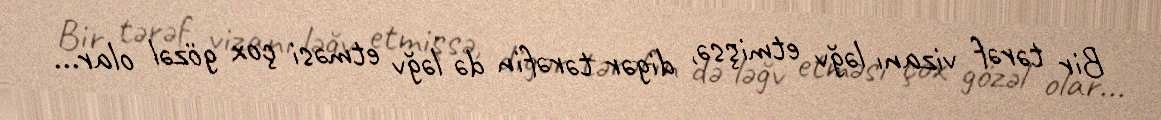
Bir tərəf vizanı ləğv etmişsə, digər tərəfin də ləğv etməsi çox gözəl olar...